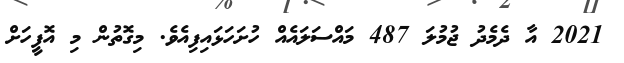
2021 އާ ދެމެދު ޖުމުލަ 487 މައްސަލައެއް ހުށަހަޅައިފިއެވެ. މިގޮތުން މި އޮފީހަށް